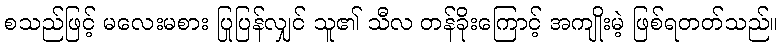
စသည်ဖြင့် မလေးမစား ပြုပြန်လျှင် သူ၏ သီလ တန်ခိုးကြောင့် အကျိုးမဲ့ ဖြစ်ရတတ်သည်။